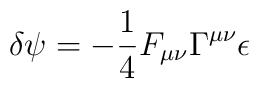
\delta \psi = -\frac{1}{4}  F_{\mu \nu} \Gamma^{\mu \nu} \epsilon